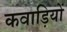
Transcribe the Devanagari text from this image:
कवाड़ियों